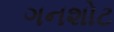
ગનશોટ